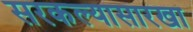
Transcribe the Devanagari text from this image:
सरकल्यासारखा